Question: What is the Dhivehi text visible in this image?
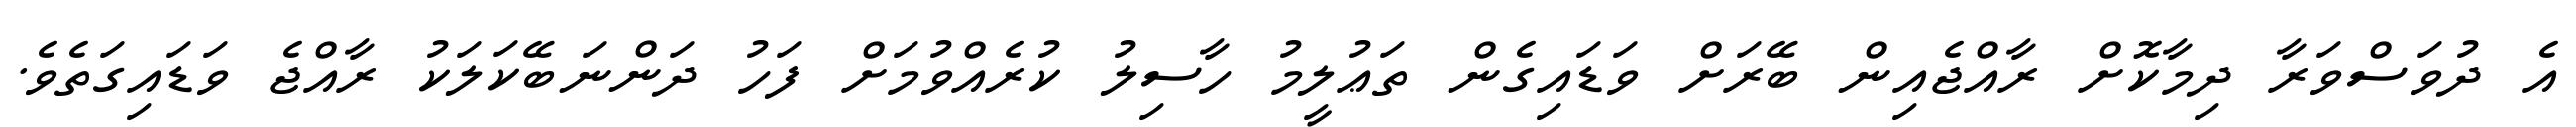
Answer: އެ ދުވަސްވަރާ ދިމާކޮށް ރާއްޖެއިން ބޭރަށް ވަޑައިގެން ތަޢުލީމު ހާސިލު ކުރެއްވުމަށް ފަހު ދަންނަބޭކަލަކު ރާއްޖެ ވަޑައިގަތެވެ.